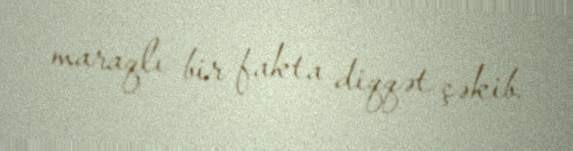
maraqlı bir fakta diqqət çəkib.